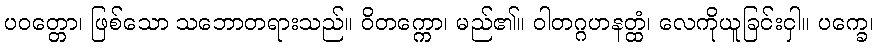
ပဝတ္တော၊ ဖြစ်သော သဘောတရားသည်။ ဝိတက္ကော၊ မည်၏။ ဝါတဂ္ဂဟနတ္ထံ၊ လေကိုယူခြင်းငှါ။ ပက္ခေ၊